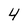
Character: 4